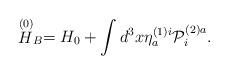
LaTeX: \begin{align*}\stackrel{\left( 0\right) }{H}_{B}=H_{0}+\int d^{3}x\eta _{a}^{\left(1\right) i}{\cal P}_{i}^{\left( 2\right) a}. \end{align*}